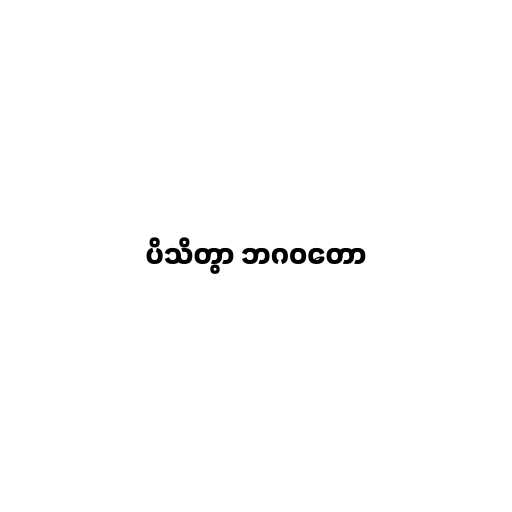
ပိသိတွာ ဘဂဝတော